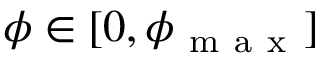
\phi \in [ 0 , \phi _ { \mathrm { ~ m ~ a ~ x ~ } } ]